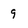
Character: 9